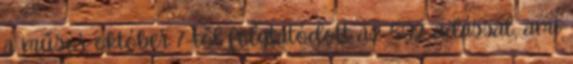
a műsor október 7-től folytatódott az 502. adással, ami